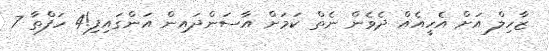
ޒާހިލް އަށް އެހީއެއް ދެވެން ނެތް ކަމަށް އާސަންދައިން އަންގައިފި!4 ހަފްތާ 7